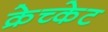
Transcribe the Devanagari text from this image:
क्रेच्केट